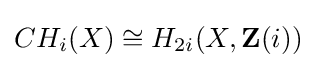
CH_{i}(X)\cong H_{2i}(X,\mathbf {Z} (i))